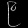
Digit: ၉